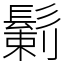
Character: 鬎